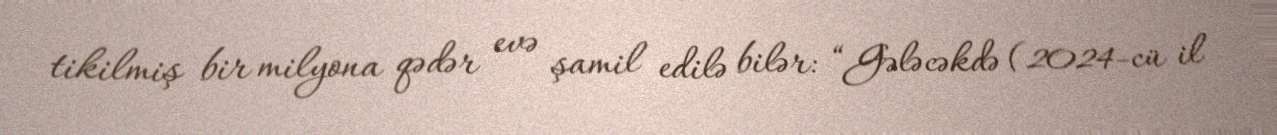
tikilmiş bir milyona qədər evə şamil edilə bilər: “Gələcəkdə (2024-cü il